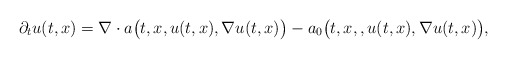
\begin{align*}\partial_t u(t,x) = \nabla \cdot a\big(t,x,u(t,x),\nabla u(t,x)\big) - a_0\big(t,x,,u(t,x),\nabla u(t,x)\big),\end{align*}